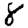
Digit: 8